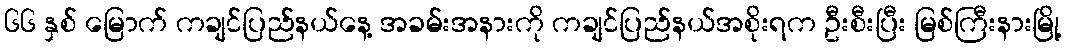
၆၆ နှစ် မြောက် ကချင်ပြည်နယ်နေ့ အခမ်းအနားကို ကချင်ပြည်နယ်အစိုးရက ဦးစီးပြီး မြစ်ကြီးနားမြို့